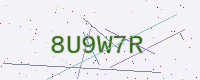
Text: 8U9W7R